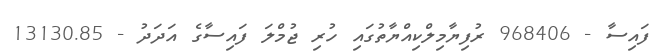
ފައިސާ - 968406 ރުފިޔާމިލްކިއްޔާތުގައި ހުރި ޖުމްލަ ފައިސާގެ އަދަދު - 13130.85